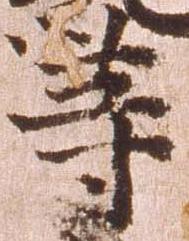
等